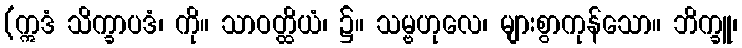
(ဣဒံ သိက္ခာပဒံ၊ ကို။ သာဝတ္ထိယံ၊ ၌။ သမ္ဗဟုလေ၊ များစွာကုန်သော။ ဘိက္ခူ၊